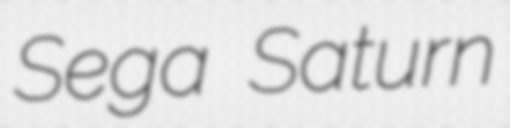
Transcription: Sega Saturn